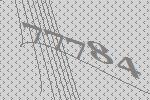
77784